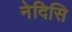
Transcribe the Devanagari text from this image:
नेदिसि